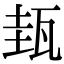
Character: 𤬿